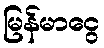
မြန်မာငွေ